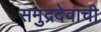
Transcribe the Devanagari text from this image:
समुद्रदेवाची